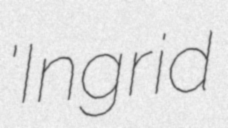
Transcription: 'Ingrid